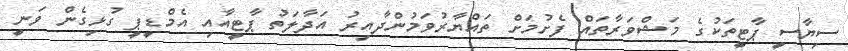
ސިޔާސީ ޕާޓީތަކުގެ މަޝްވަރާތައް ފެށުމަށް ތައްޔާރުވަމުންދާއިރު އަދާލަތު ޕާޓީއާއި އެމްޑީޕީ ގުޅިގެން ވަނީ